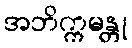
အဘိက္ကမန္တု